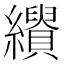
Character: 𦇣